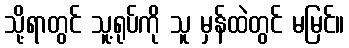
သို့ရာတွင် သူ့ရုပ်ကို သူ မှန်ထဲတွင် မမြင်။